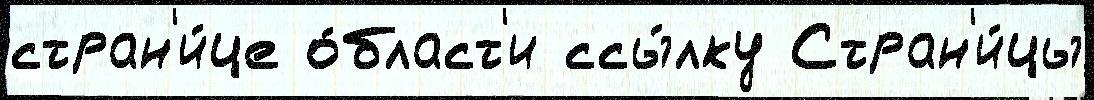
стран'и́це о́бласт'и ссы́лку Стран'и́цы